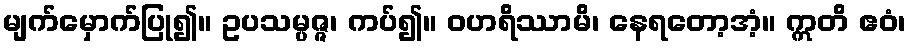
မျက်မှောက်ပြု၍။ ဥပသမ္ပဇ္ဇ၊ ကပ်၍။ ဝဟရိဿာမိ၊ နေရတော့အံ့။ ဣတိ ဧဝံ၊